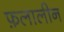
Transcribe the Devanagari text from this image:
फ़लालीन